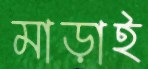
মাড়াই